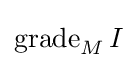
{\textrm {grade}}_{M}\,I